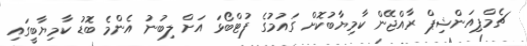
ޗެމްޕިއަންޝިޕް ރާއްޖޭން ކާމިޔާބުކޮށް ގައުމުގެ ފުޓްބޯޅަ އަށް ލިބުނު އެންމެ ބޮޑު ކާމިޔާބީގައި